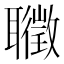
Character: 𦘇